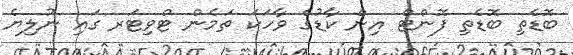
ބޮޑެތި ބޮޑެތި ފޮންޓް އިން ކާޑުގެ ވާހަކަ ތަމެން ޓްވިޓަރ ގައި ނުލިޔެ